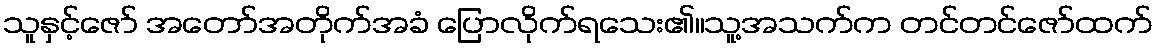
သူနှင့်ဇော် အတော်အတိုက်အခံ ပြောလိုက်ရသေး၏။သူ့အသက်က တင်တင်ဇော်ထက်